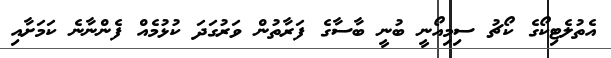
އެތުލެޓިކޯގެ ކޯޗު ސިމިއޯނީ ބުނީ ބާސާގެ ފަރާތުން ވަރުގަދަ ކުޅުމެއް ފެންނާނެ ކަމަށާއި